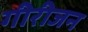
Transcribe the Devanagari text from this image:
गीरीजन